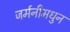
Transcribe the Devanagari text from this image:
जर्मनीमधुन